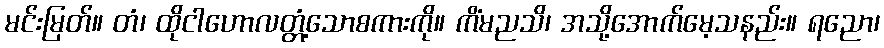
မင်းမြတ်။ တံ၊ ထိုငါဟောလတ္တံ့သောစကားကို။ ကိံမညသိ၊ အသို့အောက်မေ့သနည်း။ ရညော၊